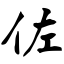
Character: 佐